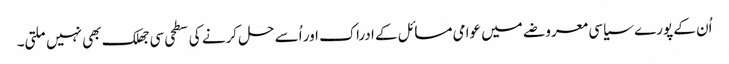
اُن کے پورے سیاسی معروضے میں عوامی مسائل کے ادراک اور اُسے حل کرنے کی سطحی سی جھلک بھی نہیں ملتی۔